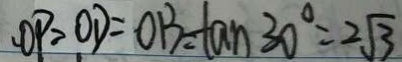
O P = O D = O B = \tan 3 0 ^ { \circ } = 2 \sqrt { 3 }